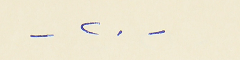
- ٢٠ -